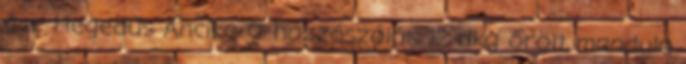
éve Hegedűs Ancika 0 hozzászólás 12 dkg őrölt mandula